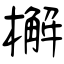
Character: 檞